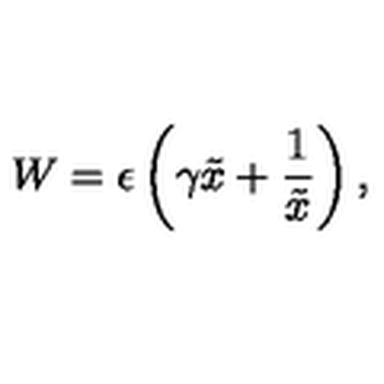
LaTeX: W = \epsilon \left( \gamma \tilde { x } + \frac { 1 } { \tilde { x } } \right) ,